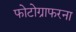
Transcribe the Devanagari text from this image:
फोटोग्राफरना